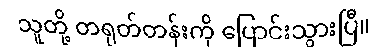
သူတို့ တရုတ်တန်းကို ပြောင်းသွားပြီ။